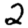
Digit: 2